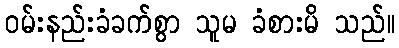
ဝမ်းနည်းခံခက်စွာ သူမ ခံစားမိ သည်။